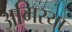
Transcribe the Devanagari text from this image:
अमिरया